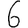
Digit: 6